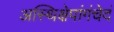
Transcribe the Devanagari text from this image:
अस्थिक्षेपांगंचेदं